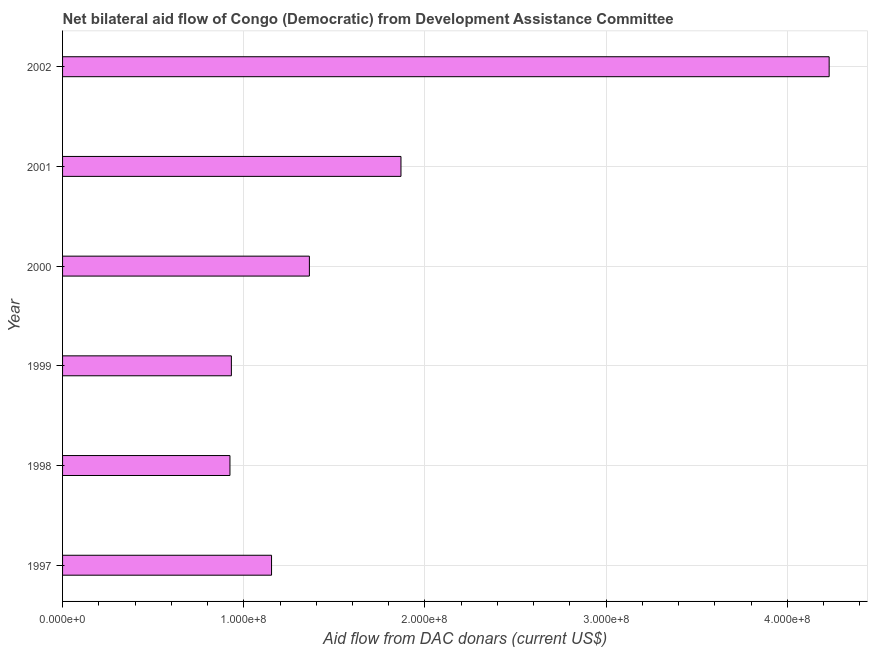
| Year | Net bilateral aid flows from DAC donors |
 | --- | --- |
 | 1997 | 1.15e+08 |
 | 1998 | 9.24e+07 |
 | 1999 | 9.32e+07 |
 | 2000 | 1.36e+08 |
 | 2001 | 1.87e+08 |
 | 2002 | 4.23e+08 |